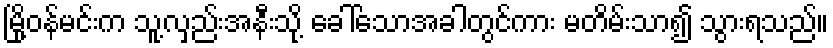
မြို့ဝန်မင်းက သူ့လှည်းအနီးသို့ ခေါ်သောအခါတွင်ကား မတိမ်းသာ၍ သွားရသည်။